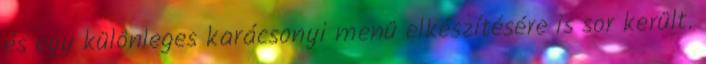
és egy különleges karácsonyi menü elkészítésére is sor került.